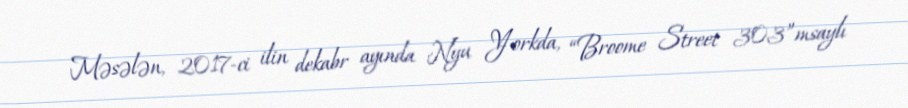
Məsələn, 2017-ci ilin dekabr ayında Nyu Yorkda, “Broome Street 303”msaylı